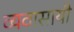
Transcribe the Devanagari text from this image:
व्यवासायी